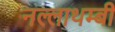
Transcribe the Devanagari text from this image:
नल्लाथम्बी